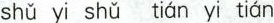
shu yi shu tian yi tian